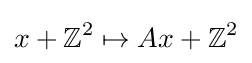
x+\mathbb {Z} ^{2}\mapsto Ax+\mathbb {Z} ^{2}